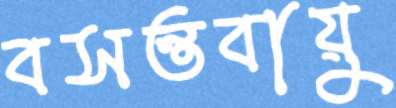
বসন্তবায়ু